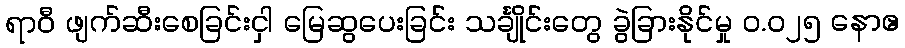
ရာဝီ ဖျက်ဆီးစေခြင်းငှါ မြေဆွပေးခြင်း သင်္ချိုင်းတွေ ခွဲခြားနိုင်မှု ၀.၀၂၅ နောဧ